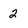
Character: 2